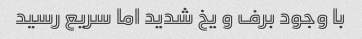
با وجود برف و یخ شدید اما سریع رسید